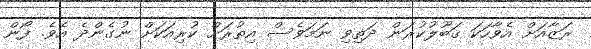
ރަޒާއަށް އެވާހަކަ ޤަބޫލުކުރަން ދަތިވި ނަމަވެސް އިތުރަށް ކުރިއަކަށް ނުގެންދެ އެވެ. ފޯން